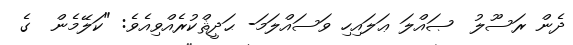
ދެން ރަސޫލު  ޞައްލަ ޢަލައިހި ވަސައްލަމަ- ޙަދީޘްކުރެއްވިއެވެ: "ކަލޭމެން  ގެ